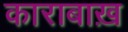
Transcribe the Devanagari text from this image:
काराबाख़